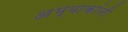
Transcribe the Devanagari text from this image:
अभ्याकांनी